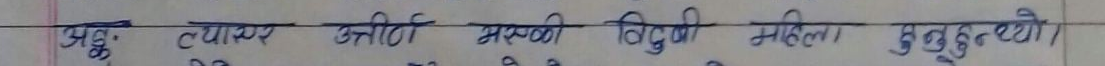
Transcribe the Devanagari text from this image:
अझ व्यापारी उनीही, सबकी विदुषी महिला हुंदुन्थ्यो।